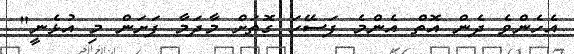
އެހެންވެ ދެން އޮތް އެންމެ ފަސޭހަ ގޮތަށް މާދަމާ ފަށަން މި އުޅެނީ"